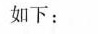
如下：